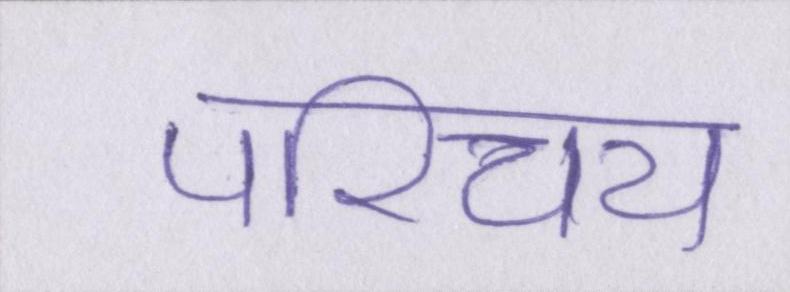
परिचय